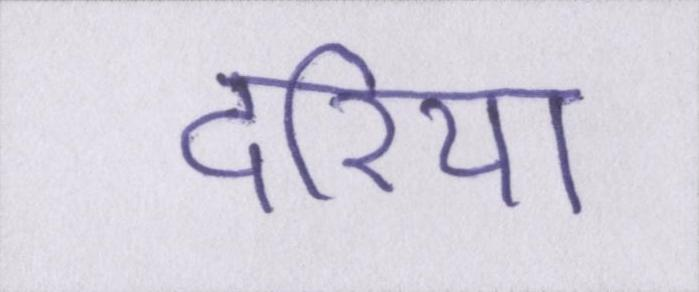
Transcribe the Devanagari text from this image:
दरिया